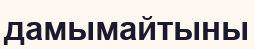
дамымайтыны